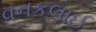
વનકલાઈ